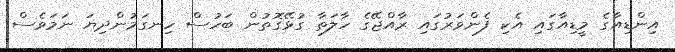
އިންޑިއާގެ މީޑިއާގައި އެކި ފެންވަރުގައި ރާއްޖޭގެ ހާލަތާ ގުޅޭގޮތުން ބަހުސް ހިނގަމުންދިޔަ ނަމަވެސް